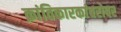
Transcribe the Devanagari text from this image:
क्रांतिकारकांबरोबर